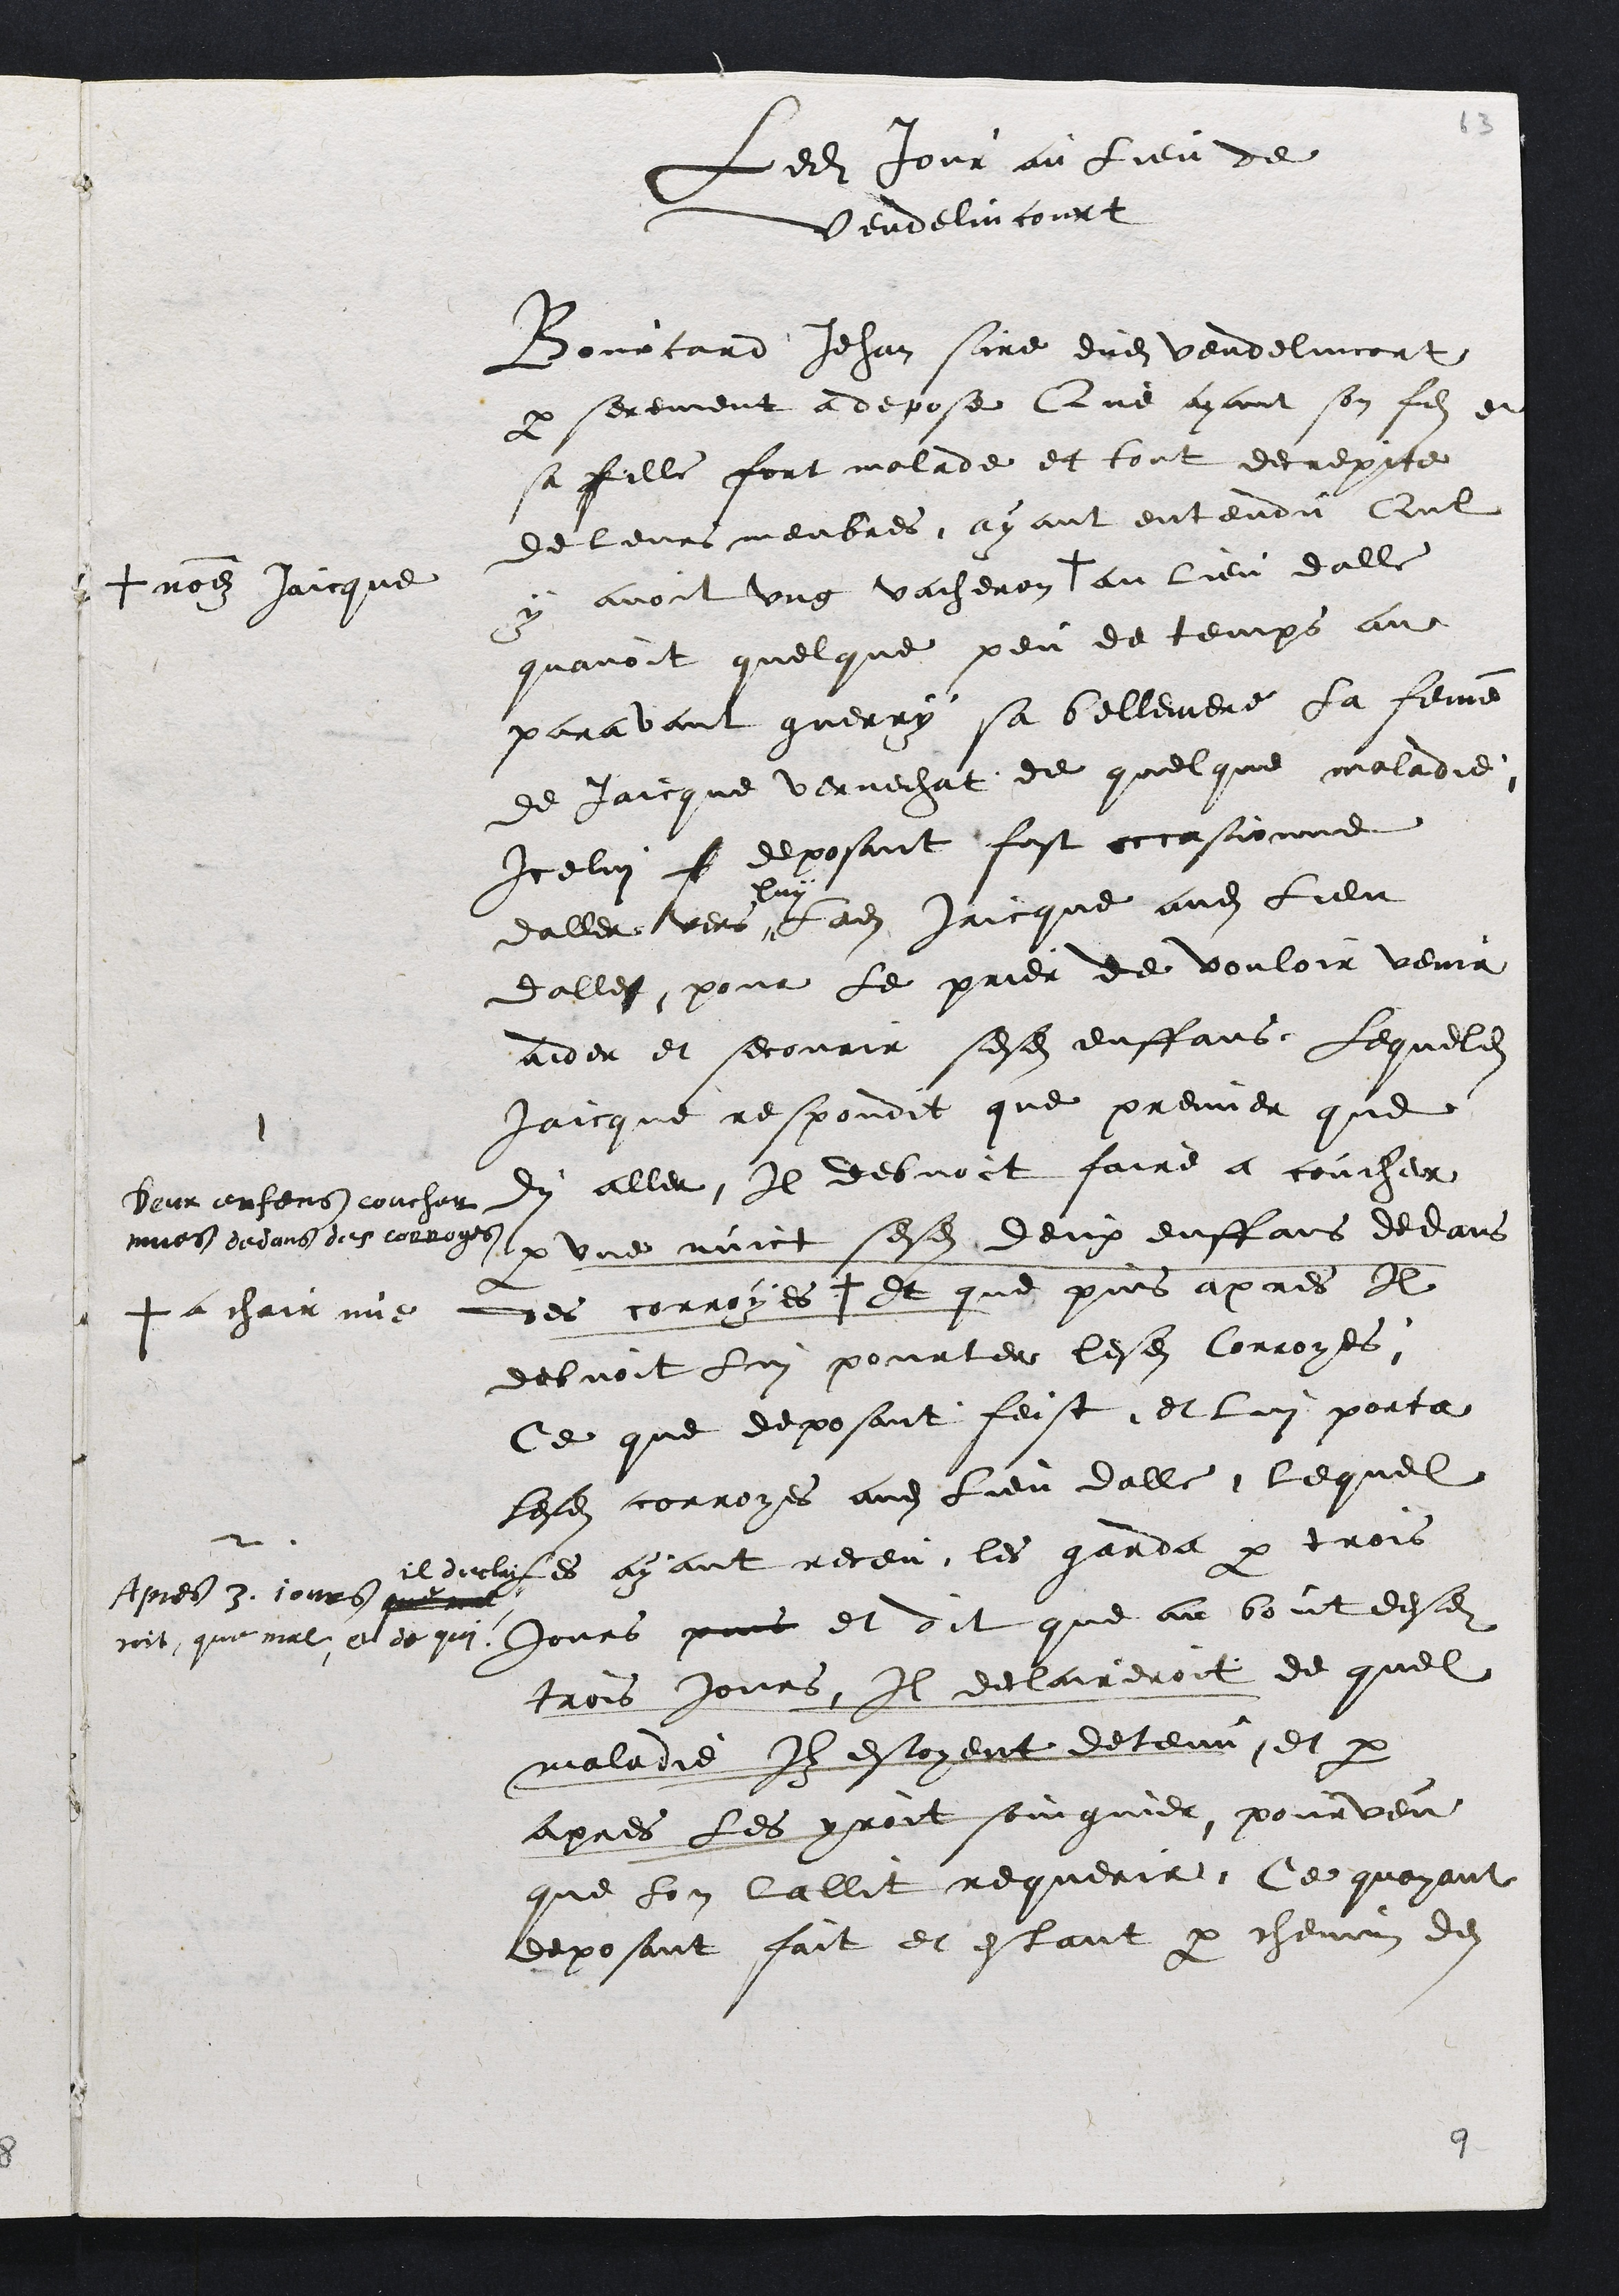
Ledit jour au lieu de
Vendelincourt
Bourcard Jehan sire dudit vendelincort
par serement a depose Que ayant son fils et
sa fille fort malade et tout decrepite
de leurs membres ayant entendu Quil
y avoit ung vacheron +
+ nommez Jaicque
au lieu dalle
quavoit quelque peu de temps au¬
paravant guerry sa bellemere la femme
de Jaicque Vernechat de quelque maladie
Icelui f deposant fust occasionne
daller vers
luy
ledit Jaicque audit lieu
dalles pour le prier de vouloir venir
aider et secourir sesdits enffans Lequeldit
Jaicque respondit que premier que
dy aller Il debvoit faire a coucher
par une nuict sesdits deux enffans dedans
des corroyes +
+ a chair nue
et que puis apres Il
debvoit lui pourter lesdites Corroyes
Deux enfans coucher
nues dedans des corroyes
Ce que deposant feist et lui porta
lesdites corroyees audit lieu dalle lequel
les ayant receu les garda par trois
jours puis et dit que au bout desdits
trois jours Il declaireroit de quel
maladie Ilz estoyent detenu et par
apres les yroit soingnier pourveu
que lon lallit requerir Ce quayant
deposant fait et estant par chemin de
Apres 3 jours que met
il declai¬
roit que mal et de qui